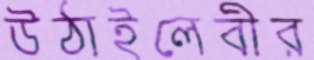
উঠাইলেবীর